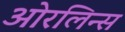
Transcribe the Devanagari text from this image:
ओरलिन्स